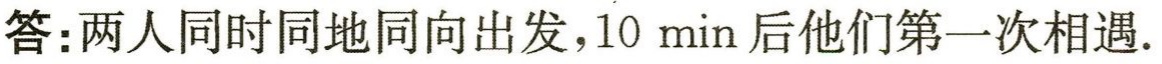
答：两人同时同地同向出发，$10\ \mathrm{min}$后他们第一次相遇.